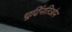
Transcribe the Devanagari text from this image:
चूर्दिनतिओन